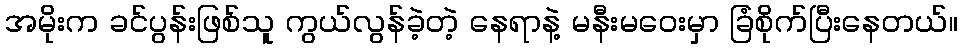
အမိုးက ခင်ပွန်းဖြစ်သူ ကွယ်လွန်ခဲ့တဲ့ နေရာနဲ့ မနီးမဝေးမှာ ခြံစိုက်ပြီးနေတယ်။